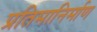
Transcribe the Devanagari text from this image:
प्रतिमानिर्माण